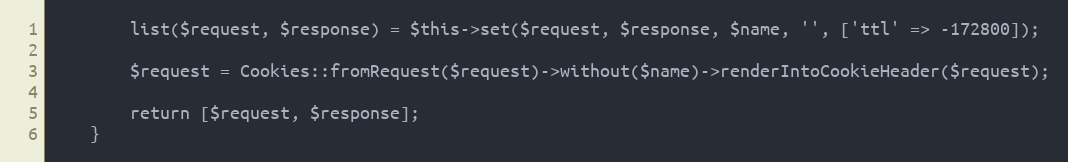
Language: PHP
        list($request, $response) = $this->set($request, $response, $name, '', ['ttl' => -172800]);

        $request = Cookies::fromRequest($request)->without($name)->renderIntoCookieHeader($request);

        return [$request, $response];
    }